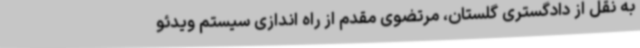
به نقل از دادگستری‌ گلستان، مرتضوی مقدم از راه اندازی سیستم ویدئو